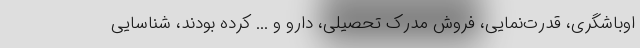
اوباشگری، قدرت‌نمایی، فروش مدرک تحصیلی، دارو و ... کرده بودند، شناسایی